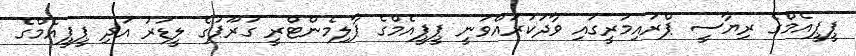
ޕީޕީއެމްގެ ރިޔާސީ ޕްރައިމަރީގައި ވާދަކުރައްވަނީ ޕީޕީއެމްގެ ޕާލިމެންޓްރީ ގުރޫޕުގެ ލީޑަރު އަދި ޕީޕީއެމްގެ